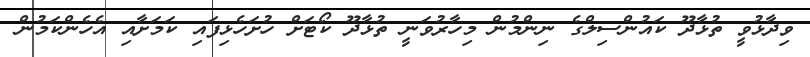
ވިދާޅުވީ ތުޅާދޫ ކައުންސިލްގެ ނިންމުން މިހާރުވަނީ ތުޅާދޫ ކޯޓަށް ހުށަހެޅިފައި ކަމަށާއި އެހެންކަމުން